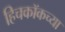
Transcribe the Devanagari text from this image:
हिचकॉकच्या